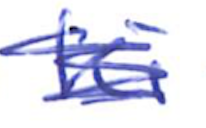
Text: Ki
Cross-out: mix
Writing tool: ballpoint